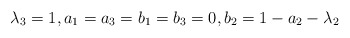
\begin{align*} \lambda_3=1, a_1=a_3=b_1=b_3=0, b_2=1-a_2-\lambda_2\end{align*}